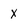
Character: x